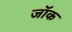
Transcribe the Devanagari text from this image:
जाॅक